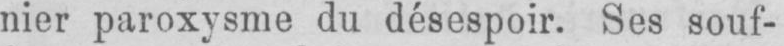
nier paroxysme du désespoir. Ses souf-